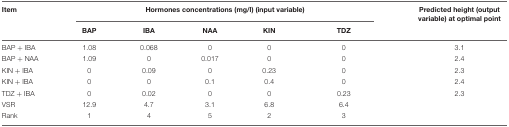
| Item | <COLSPAN=5> Hormones concentrations (mg/l) (input variable) | Predicted height (output variable) at optimal point |
 |  | BAP | IBA | NAA | KIN | TDZ |  |
 | --- | --- | --- | --- | --- | --- | --- |
 | BAP + IBA | 1.08 | 0.068 | 0 | 0 | 0 | 3.1 |
 | BAP + NAA | 1.09 | 0 | 0.017 | 0 | 0 | 2.4 |
 | KIN + IBA | 0 | 0.09 | 0 | 0.23 | 0 | 2.3 |
 | KIN + IBA | 0 | 0 | 0.1 | 0.4 | 0 | 2.4 |
 | TDZ + IBA | 0 | 0.02 | 0 | 0 | 0.23 | 2.3 |
 | VSR | 12.9 | 4.7 | 3.1 | 6.8 | 6.4 |  |
 | Rank | 1 | 4 | 5 | 2 | 3 |  |